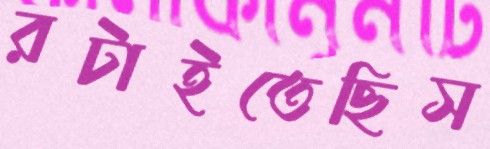
রটাইতেছিস